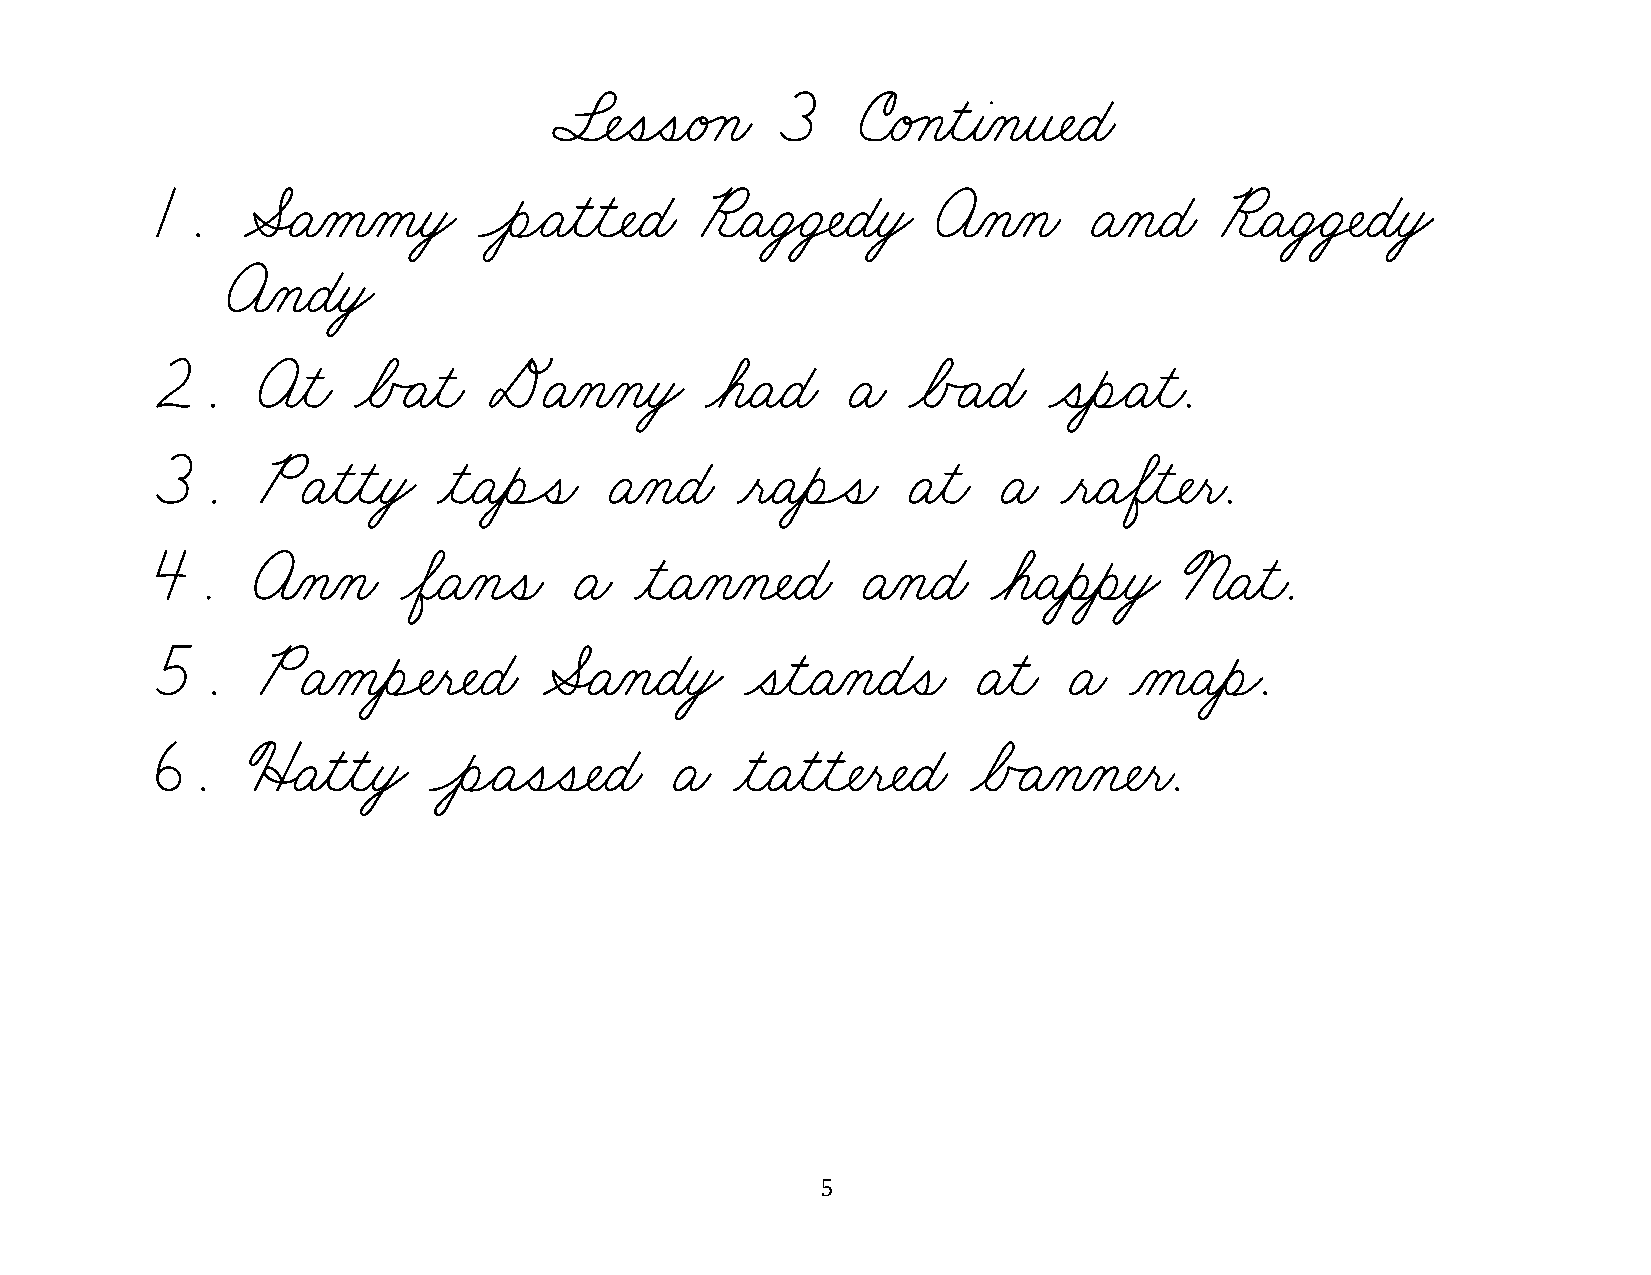
§¬ÑˆíˆíæéÁçæ  3     úæéÁçƒìƒàÀçƒî¬ÑæÉæ
 1.    ÆËÄÀåÀåƒòŸ      ÔèÌÄƒìƒì¬ÑæÉæ ¨æÄæÜŸÜ‡ÑæÉƒòŸ  öÀçÀçæ    ÄÀçæÉæ   ¨æÄæÜŸÜ‡ÑæÉƒòŸ
 öÀçæÉƒòŸ
 2.     öƒìæ   øÅÃÄƒìæ DÄÀçÀçƒòŸ      øáæÄæÉæ  Äæ  øÅÃÄæÉæ  ˆíƒèÌÄƒìæ.
 3.     PÄƒìƒìƒòŸ   ƒìæÄƒèÔíæ  ÄÀçæÉæ   ƒëæÄƒèÔíæ  Äƒìæ  Äæ  ƒëæÄøÖƒì¬Ñƒëæ.
 4.     öÀçÀçæ    øÖæÄÀçˆíæ Äæ   ƒìæÄÀçÀç¬ÑæÉæ  ÄÀçæÉæ   øáæÄƒèƒèƒòŸ ™æÄƒìæ.
 5.     PÄÀåƒèÓÑƒë¬ÑæÉæ    ÆËÄÀçæÉƒòŸ   ˆíƒìæÄÀçæÉˆíæ  Äƒìæ  Äæ   ÀåæÄƒèÌ.
 6.    üËÄƒìƒìƒòŸ  ÔèÌÄˆíˆí¬ÑæÉæ   Äæ   ƒìæÄƒìƒì¬Ñƒë¬ÑæÉæ øÅÃÄÀçÀç¬Ñƒëæ.
 5